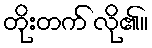
တိုးတက် လို၏။